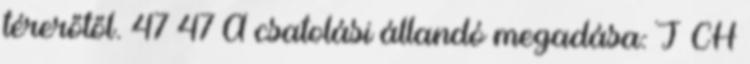
térerőtől. 47 47 A csatolási állandó megadása: J CH